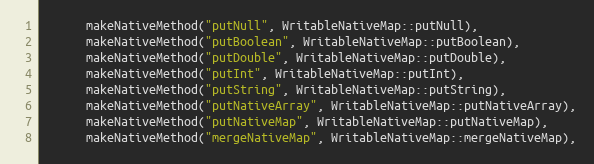
Language: C++
      makeNativeMethod("putNull", WritableNativeMap::putNull),
      makeNativeMethod("putBoolean", WritableNativeMap::putBoolean),
      makeNativeMethod("putDouble", WritableNativeMap::putDouble),
      makeNativeMethod("putInt", WritableNativeMap::putInt),
      makeNativeMethod("putString", WritableNativeMap::putString),
      makeNativeMethod("putNativeArray", WritableNativeMap::putNativeArray),
      makeNativeMethod("putNativeMap", WritableNativeMap::putNativeMap),
      makeNativeMethod("mergeNativeMap", WritableNativeMap::mergeNativeMap),